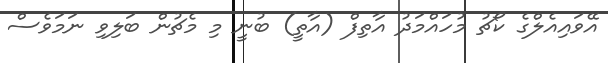
އޭވައިއެލްގެ ކޯޗު މުހައްމަދު އާތިފް (އާތީ) ބުނީ މި މެޗުން ބަލިވި ނަމަވެސް